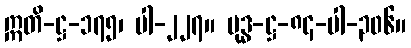
ဣတိ-ဋ္ဌ-၁၇၅၊ ပါ-၂၂၇။ ဗုဒ္ဓ-ဋ္ဌ-၈၄-ပါ-၃၀၆။